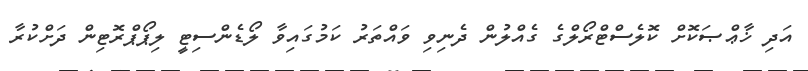
އަދި ޚާޢްޞަކޮށް ކޮލެސްޓްރޯލްގެ ގެއްލުން ދެނިވި ވައްތަރު ކަމުގައިވާ ލޯޑެންސިޓީ ލިޕޯޕްރޮޓިން ދަށްކުރާ